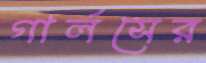
গার্লসের